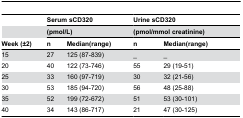
|  | <COLSPAN=2> Serum sCD320 | <COLSPAN=2> Urine sCD320 |
 |  | <COLSPAN=2> (pmol/L) | <COLSPAN=2> (pmol/mmol creatinine) |
 | Week (±2) | n | Median(range) | n | Median(range) |
 | --- | --- | --- | --- | --- |
 | 15 | 27 | 125 (87-839) | _ | _ |
 | 20 | 40 | 122 (73-746) | 55 | 29 (19-51) |
 | 25 | 33 | 160 (97-719) | 30 | 32 (21-56) |
 | 30 | 53 | 185 (94-720) | 56 | 48 (25-88) |
 | 35 | 52 | 199 (72-672) | 51 | 53 (30-101) |
 | 40 | 34 | 143 (86-717) | 21 | 47 (30-125) |